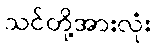
သင်တို့အားလုံး